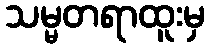
သမ္မတရာထူးမှ